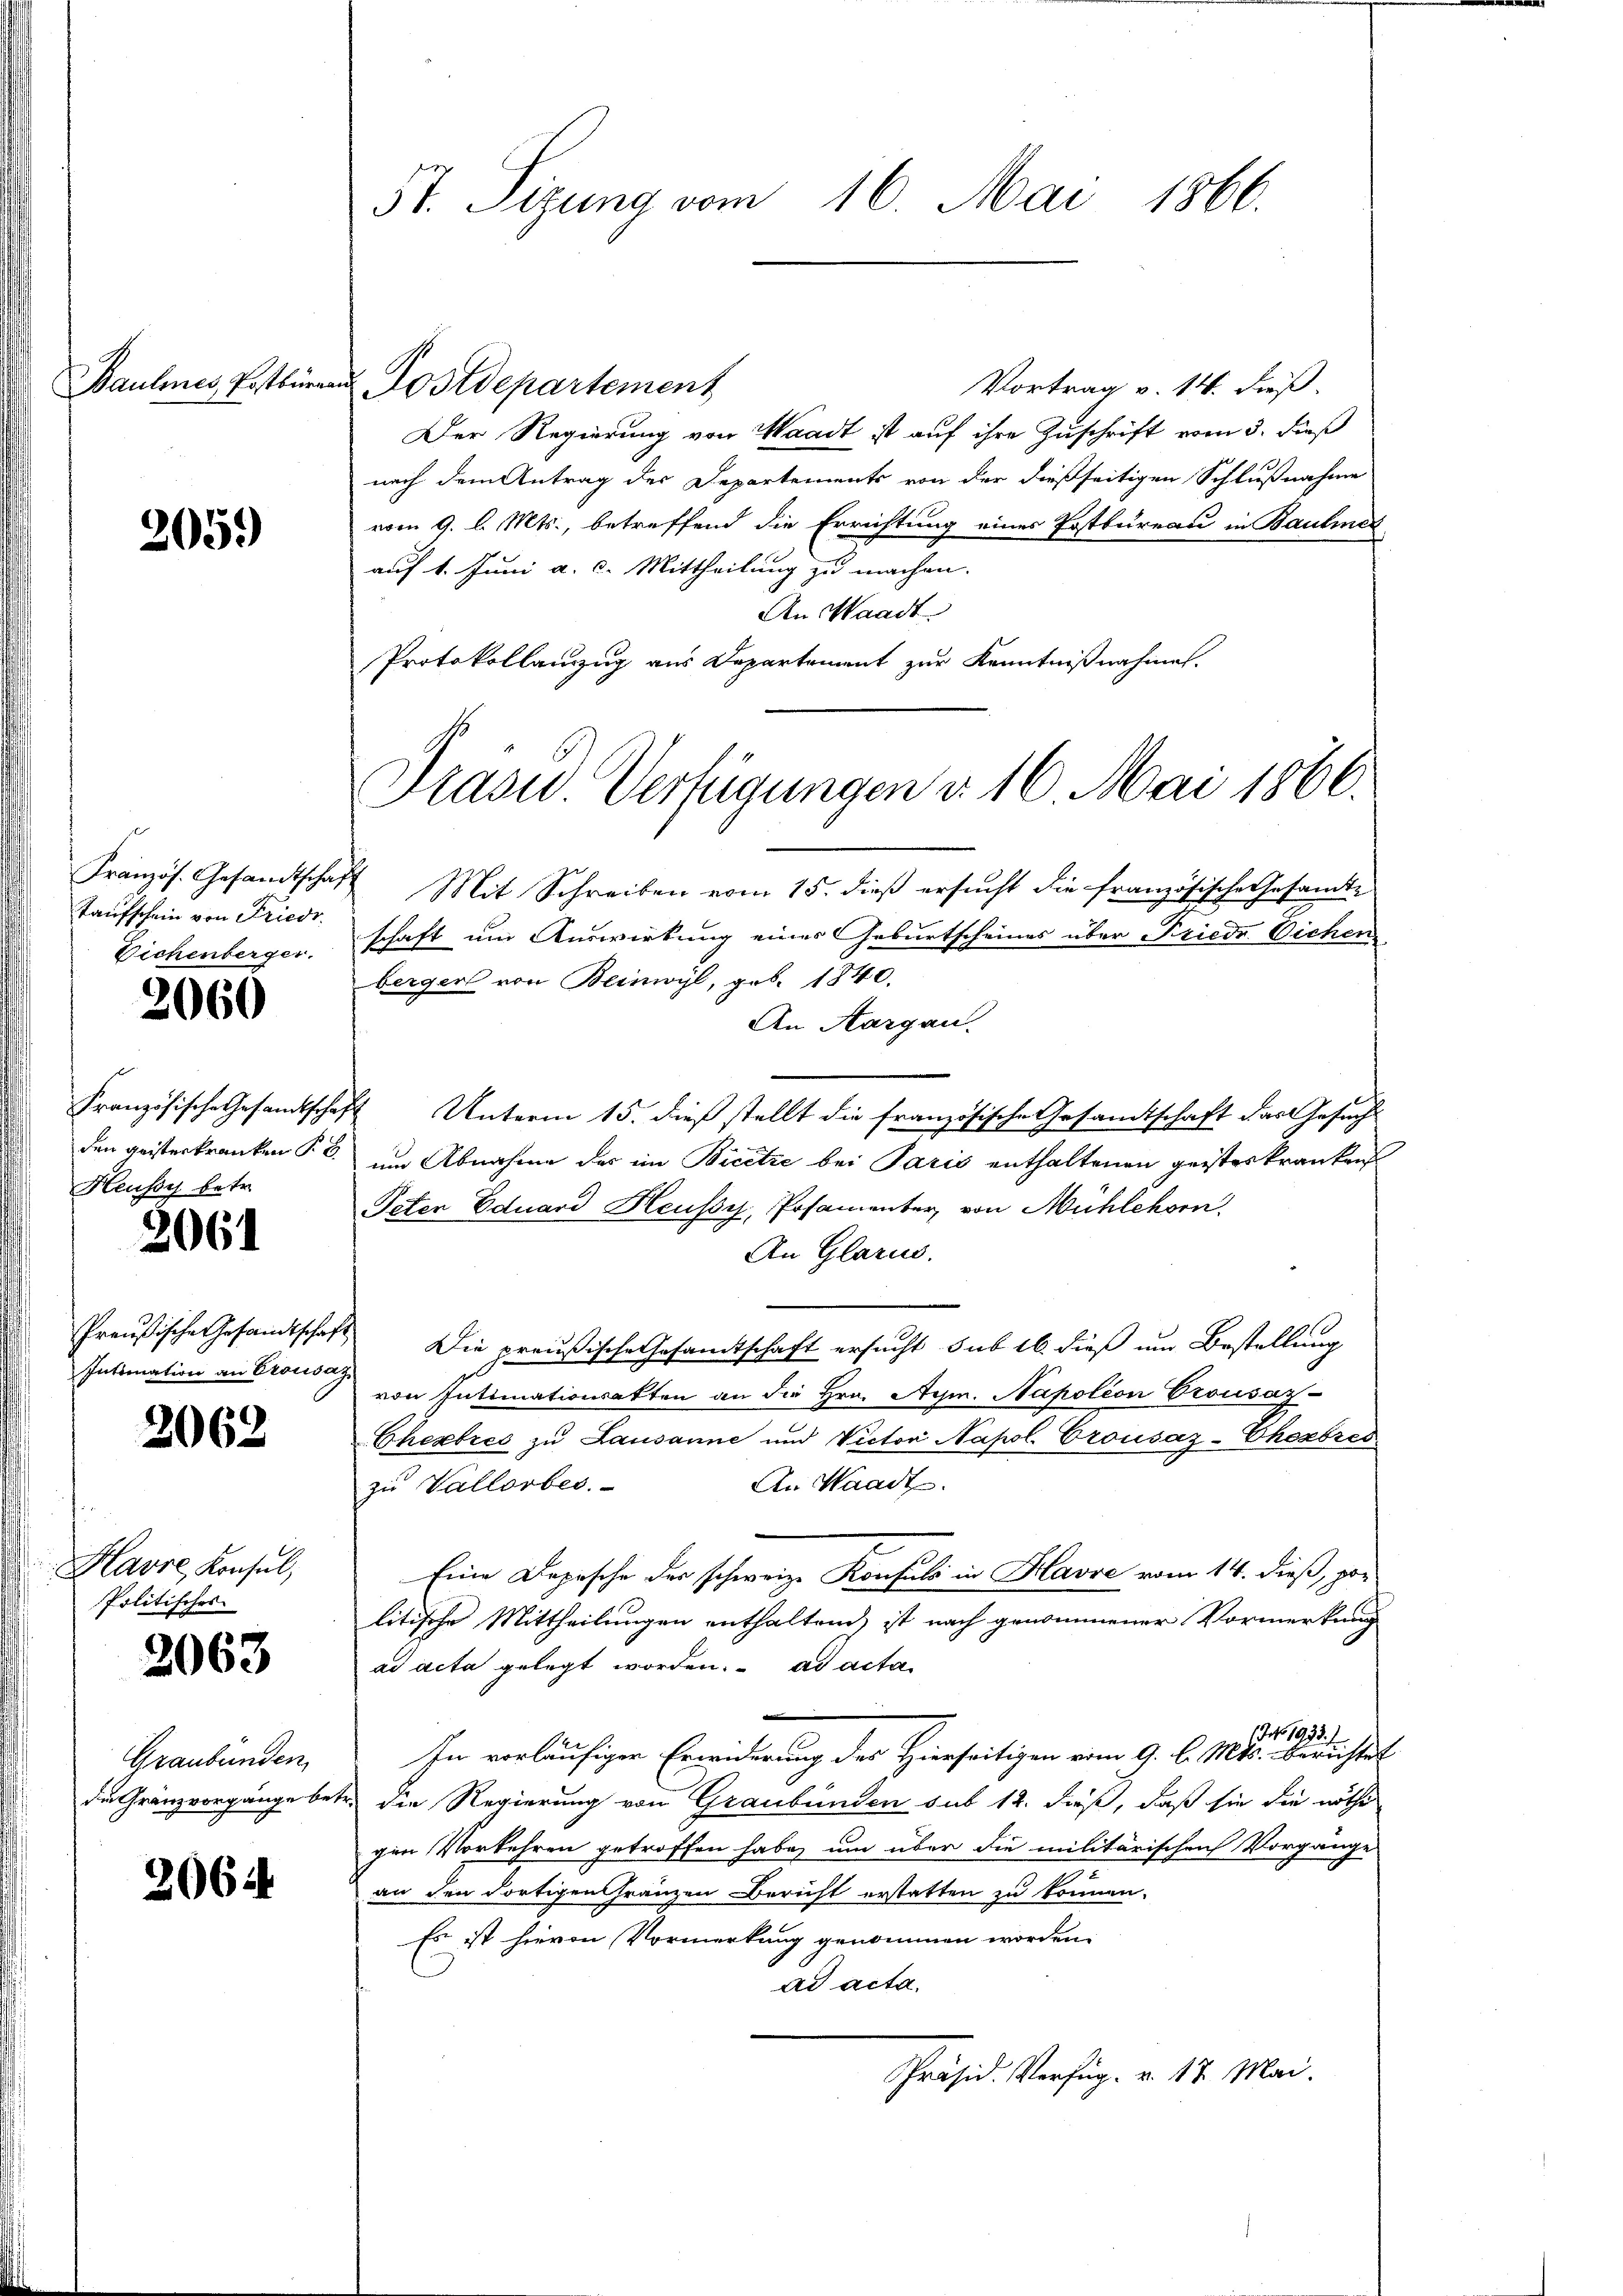
Baulmes, Postbür

2059)

Französ. Gesandtscha,
Taufschein von Friedr.
Eichenberger.

2060

den geisterkranken §. 6.
Heussy betr.

2061

Preußische Gesandtschaf
Intimation an Crousa

2062

Havre, Konsul,
Politisches

2063

Graubünden,
die Gränzvorgänge be-

2064

5t. Sizung vom 16. Mai 1866.

in Postdepartement
Vortrag v. 14. dieß.
Der Regierung von Waadt ist auf ihre Zuschrift vom 3. dieß
nach dem Antrag des Departements von der dießseitigen Schlußnahme
vom 9. l. Mts., betreffend die Errichtung eines Postbureau in Baulmei
auf 1. Juni a. c. Mittheilung zu machen.
An Waadt
Protokollanzug aus Departement zur Kenntnißnahmen.
4 Mit Schreiben vom 15. dieß ersucht die französische Gesamte
schaft um Auswirkung eines Geburtscheines über Friede Sichen
berger von Beinwyl, geb. 1840.
An Aargau.
Französische Gesandtschaft Unterm 15. dieß stellt die französische Gesandtschaft dart Gesuch
um Abnahme des im Bicetze bei Paris enthaltenen geisteskrankens
Peter Eduard Heussy, Posamenter von Mühlehorn,
An Glarus.
 Die preußische Gesamtschaft ersucht sub 16. dieß um Bestellung
2
von Intimationsakten an die Hrn. Aym. Napoléon Crousaz-
Cherbres zu Lausanne und Victor Napol Crousaz-Chexbres
An Waadt.
zu Vallorbes.
Eine Depesche der schweize Konsuls in Havre vom 14. dieß, pre
litische Mittheilungen enthaltend, ist nach genommener Vormerkung
ad acta gelegt worden. ad acta
1 Jahr 1933.
In vorläufiger Erwiderung des Hierseitigen vom 9. l. Mts. Berichtet
tr. die Regierung von Graubünden sub 12. dieß, daß sie die nöthe
gen Vorkehren getroffen habe, um über die militärischen Vorgänge
an den dortigen Gränzen Bericht erstatten zu können.
Es ist hievon Vormerkung genommen worden.
ad acta.
Präsid. Verfüg. v. 17. Mai.

Drasw. Verfügungen d. 16. Mai 1866.